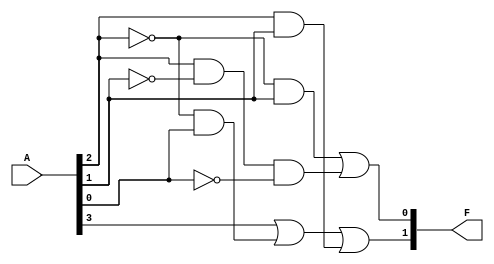
module Lab3_1(F, A);
input[0:3] A;
output[0:1] F;
wire[0:6] w;

not G0(w[0], A[1]);
not G1(w[1], A[2]);
not G2(w[2], A[3]);
and G3(w[3], w[0], A[3]);
and G4(w[4], A[1], A[2]);
and G5(w[5], w[0], A[2]);
and G6(w[6], A[1], w[1], w[2]);
or G7(F[0], A[0], w[3], w[4]);
or G8(F[1], w[5], w[6]);
endmodule